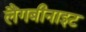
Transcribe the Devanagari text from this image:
लैंगबीनाइट